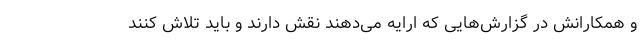
و همکارانش در گزارش‌هایی که ارایه می‌دهند نقش دارند و باید تلاش کنند